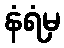
နံရံမှ